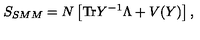
S _ { S M M } = N \left[ \mathrm { T r } Y ^ { - 1 } \Lambda + V ( Y ) \right] ,